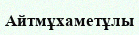
Айтмұхаметұлы